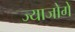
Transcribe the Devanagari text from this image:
ज्याजोगे